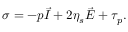
\boldsymbol { \sigma } = - p \vec { I } + 2 \eta _ { s } \vec { E } + \boldsymbol { \tau } _ { p } .